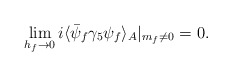
\begin{align*}\lim_{h_f\rightarrow 0} i \langle \bar\psi_f\gamma_5 \psi_f \rangle_A|_{m_f\ne 0} = 0.\end{align*}